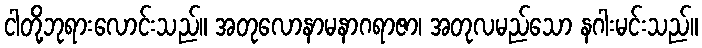
ငါတို့ဘုရားလောင်းသည်။ အတုလောနာမနာဂရာဇာ၊ အတုလမည်သော နဂါးမင်းသည်။